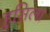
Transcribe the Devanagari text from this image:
हसिला